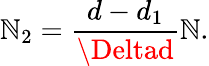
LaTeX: \mathbb{N}_{2}=\frac{{d-d_{1}}}{{\Deltad}}\mathbb{N}.